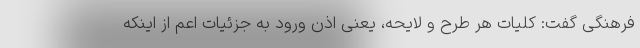
فرهنگی گفت: کلیات هر طرح و لایحه، یعنی اذن ورود به جزئیات اعم از اینکه